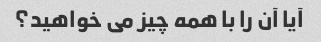
آیا آن را با همه چیز می خواهید؟